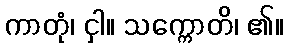
ကာတုံ၊ ငှါ။ သက္ကောတိ၊ ၏။